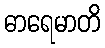
ဓာရေမာတိ